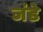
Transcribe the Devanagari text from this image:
जंडे